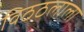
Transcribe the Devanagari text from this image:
विठठलाला